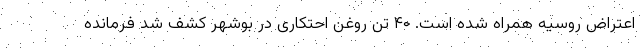
اعتراض روسیه همراه شده است. ۴۰ تن روغن احتکاری در بوشهر کشف شد فرمانده